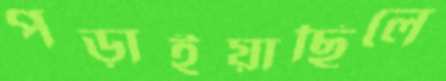
পড়াইয়াছিলে